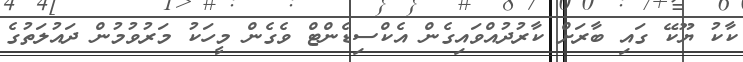
ކާކު ޔޫކޭ ގައި ބާރަށް ކާރުދުއްވައިގެން އެކްސިޑެންޓް ވެގެން މީހަކު މަރުވުމުން ދައުލަތުގެ